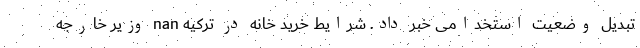
تبدیل وضعیت استخدامی خبر داد. شرایط خرید خانه در ترکیه nan وزیر خارجه